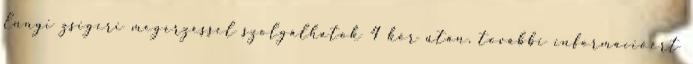
Ennyi zsigeri megérzéssel szolgálhatok 4 kör után, további információért